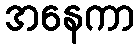
အနေကာ